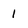
Character: 1